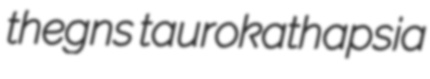
thegns taurokathapsia